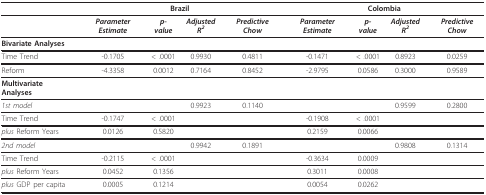
|  | <COLSPAN=4> Brazil | <COLSPAN=4> Colombia |
 | --- | --- | --- | --- | --- | --- | --- | --- | --- |
 |  | Parameter Estimate | p-value | Adjusted R2 | Predictive Chow | Parameter Estimate | p-value | Adjusted R2 | Predictive Chow |
 | Bivariate Analyses |  |  |  |  |  |  |  |  |
 | Time Trend | -0.1705 | < .0001 | 0.9930 | 0.4811 | -0.1471 | < .0001 | 0.8923 | 0.0259 |
 | Reform | -4.3358 | 0.0012 | 0.7164 | 0.8452 | -2.9795 | 0.0586 | 0.3000 | 0.9589 |
 | Multivariate Analyses |  |  |  |  |  |  |  |  |
 | 1st model |  |  | 0.9923 | 0.1140 |  |  | 0.9599 | 0.2800 |
 | Time Trend | -0.1747 | < .0001 |  |  | -0.1908 | < .0001 |  |  |
 | plus Reform Years | 0.0126 | 0.5820 |  |  | 0.2159 | 0.0066 |  |  |
 | 2nd model |  |  | 0.9942 | 0.1891 |  |  | 0.9808 | 0.1314 |
 | Time Trend | -0.2115 | < .0001 |  |  | -0.3634 | 0.0009 |  |  |
 | plus Reform Years | 0.0452 | 0.1356 |  |  | 0.3011 | 0.0008 |  |  |
 | plus GDP per capita | 0.0005 | 0.1214 |  |  | 0.0054 | 0.0262 |  |  |